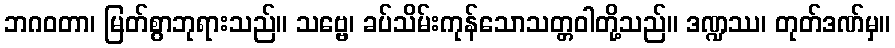
ဘဂဝတာ၊ မြတ်စွာဘုရားသည်။ သဗ္ဗေ၊ ခပ်သိမ်းကုန်သောသတ္တဝါတို့သည်။ ဒဏ္ဍဿ၊ တုတ်ဒဏ်မှ။